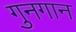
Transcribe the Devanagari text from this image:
गुनगान